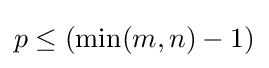
p\leq (\min(m,n)-1)